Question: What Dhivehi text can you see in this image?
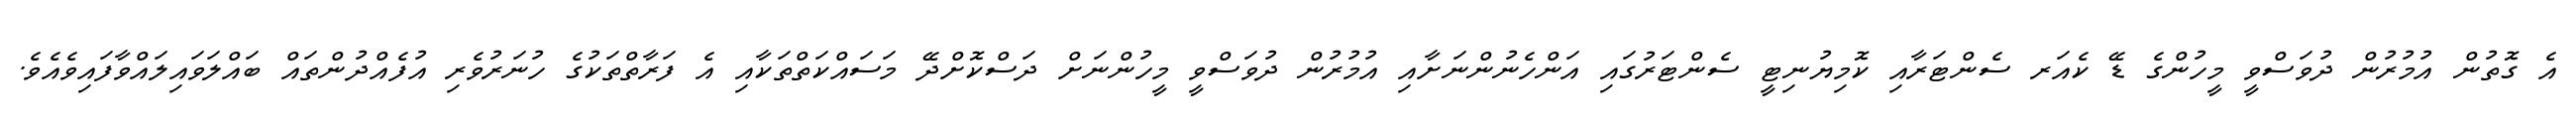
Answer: އެ ގޮތުން އުމުރުން ދުވަސްވީ މީހުންގެ ޑޭ ކެއަރ ސެންޓަރާއި ކޮމިޔުނިޓީ ސެންޓަރުގައި އަންހެނުންނަށާއި އުމުރުން ދުވަސްވީ މީހުންނަށް ދަސްކޮށްދޭ މަސައްކަތްތަކާއި އެ ފަރާތްތަކުގެ ހުނަރުވެރި އުފެއްދުންތައް ބައްލަވައިލައްވާފައިވެއެވެ.